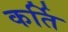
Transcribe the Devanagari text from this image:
कर्ति